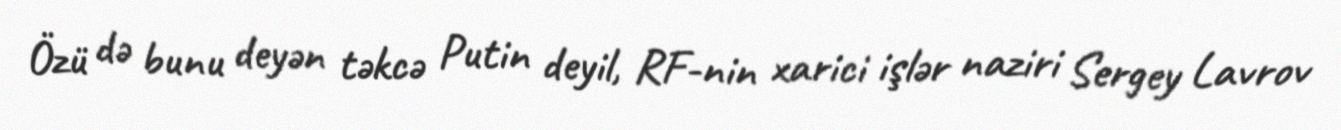
Özü də bunu deyən təkcə Putin deyil, RF-nin xarici işlər naziri Sergey Lavrov